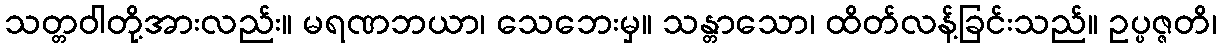
သတ္တဝါတို့အားလည်း။ မရဏဘယာ၊ သေဘေးမှ။ သန္တာသော၊ ထိတ်လန့်ခြင်းသည်။ ဥပ္ပဇ္ဇတိ၊